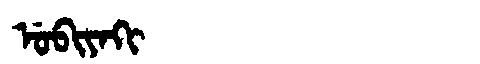
Manchu: ᡠᠪᡳᠶᠠᡴᡳ
Romanization: UBIYAKI